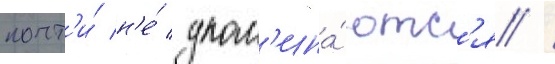
почт'и́ н'е́ упом'ина́ютс'я /